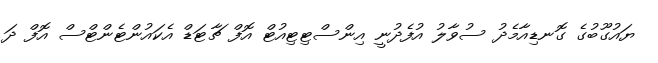
ޔައުގޫބުގެ ގޮނޑިއާމެދު ސުވާލު އުފެދުނީ އިންސްޓިޓިއުޓް އޮފް ޗާޓަޑް އެކައުންޓެންޓްސް އޮފް ދަ